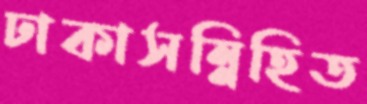
ঢাকাসন্নিহিত